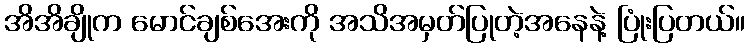
အိအိချိုက မောင်ချစ်အေးကို အသိအမှတ်ပြုတဲ့အနေနဲ့ ပြုံးပြတယ်။